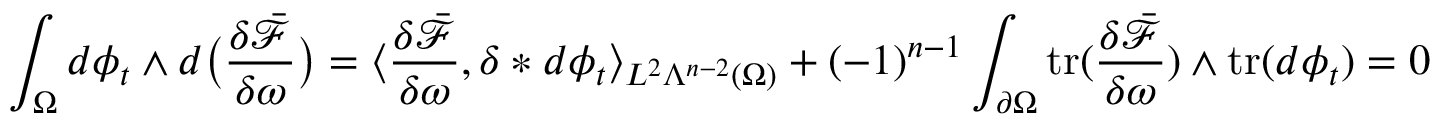
\int _ { \Omega } d \phi _ { t } \wedge d \big ( \frac { \delta \bar { \mathcal { F } } } { \delta \omega } \big ) = \langle \frac { \delta \bar { \mathcal { F } } } { \delta \omega } , \delta \ast d \phi _ { t } \rangle _ { L ^ { 2 } \Lambda ^ { n - 2 } ( \Omega ) } + ( - 1 ) ^ { n - 1 } \int _ { \partial \Omega } \mathrm { t r } ( \frac { \delta \bar { \mathcal { F } } } { \delta \omega } ) \wedge \mathrm { t r } ( d \phi _ { t } ) = 0